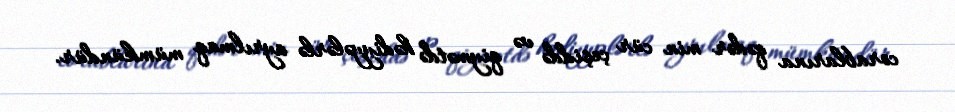
corablarına qədər min cür çeşiddə və qiymətdə hədiyyələrlə ayrılmaq mümkündür.